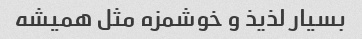
بسیار لذیذ و خوشمزه مثل همیشه